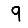
Digit: 9